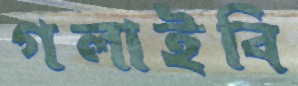
গলাইবি